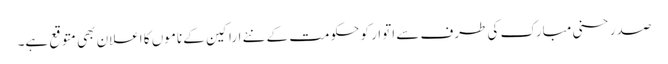
صدر حسنی مبارک کی طرف سے اتوار کو حکومت کے نئے اراکین کے ناموں کا اعلان بھی متوقع ہے۔